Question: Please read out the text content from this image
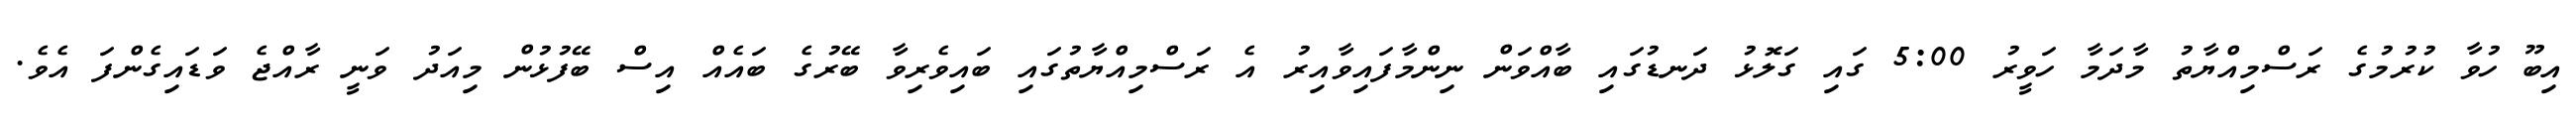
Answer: އިބޫ ހުވާ ކުރުމުގެ ރަސްމިއްޔާތު މާދަމާ ހަވީރު 5:00 ގައި ގަލޮޅު ދަނޑުގައި ބާއްވަން ނިންމާފައިވާއިރު އެ ރަސްމިއްޔާތުގައި ބައިވެރިވާ ބޭރުގެ ބައެއް އިސް ބޭފުޅުން މިއަދު ވަނީ ރާއްޖެ ވަޑައިގެންފަ އެވެ.